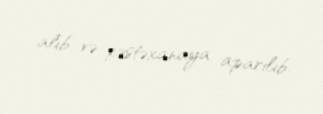
alıb və xəstəxanaya aparılıb.